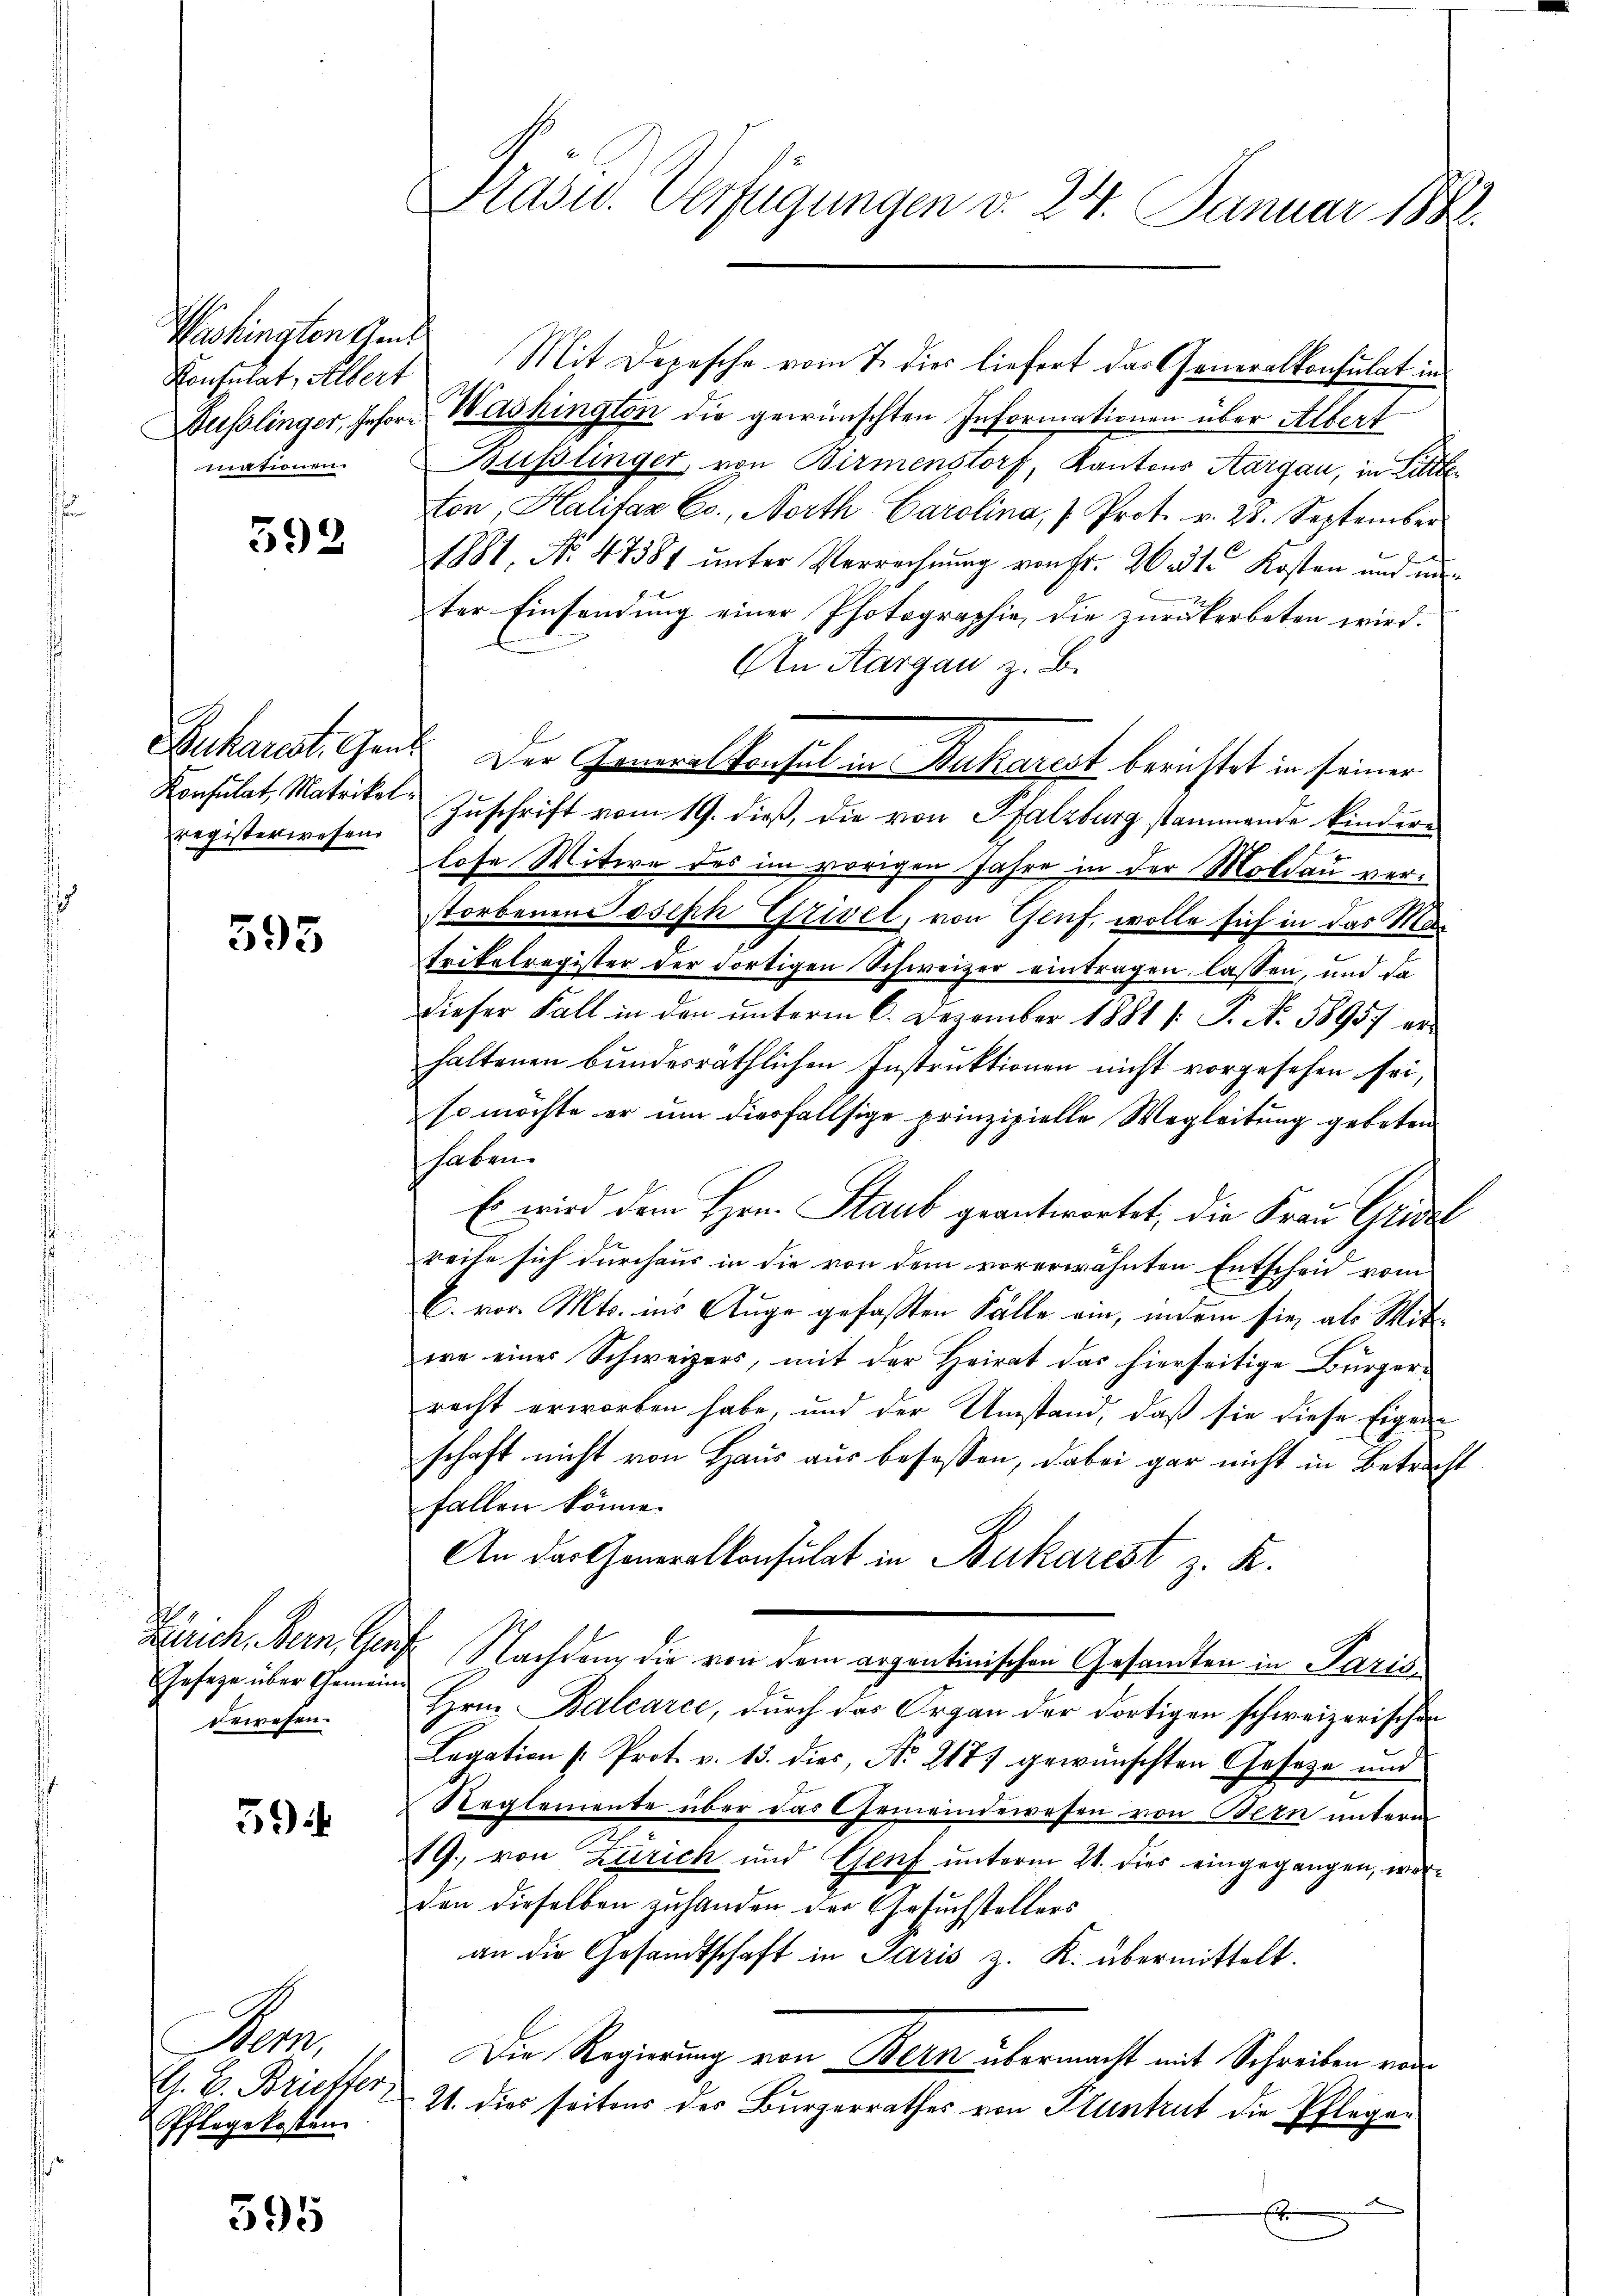
Washingten Gen
Konsulat, Albert

592

registerwesen.

595

d
Gesage über Gemeinbewesen.

394

Bem,
G. B. Brieffer
Pflegekosten.

595

Mit Depesche vom 7. dies liefert das Generalkonsulat in
Dußlinger, seher Washington die gewünschten Informationen über Albert
mationen Büsslinger, von Birmenstorf, Kantons Aargau, in Litte
ton, Halifaz Co., North Carolina, 1. Prot. v. 28. September
1881, No. 47381 ŭnter Verrechnŭng von fr. Wodte Kosten und un
ter Einsendung einer Photographie, die zurückerbeten wird.
An Aargau z. B.
Konsulat Matrikel Zŭschrift vom 19. dieß, die von Pfalzburg stammende kindere
g
hofe Witwe des im vorigen Jahre in der Moldau verstorbenen Joseph Grivel, von Genf, wolle sich in das Ma¬
Trikelregister der dortigen Schweizer eintragen lassen, und da
dieser Fall in den unterm 6. Dezember 1881 /: P. Nr. 18957 erhaltenen bundesräthlichen Instruktionen nicht vorgesehen sei,
so möchte er um diesfallsige prinzipielle Wegleitung gebeten
haben.
Es wird dem Hrn. Staub geantwortet, die Frau Grudel
reihe sich durchaus in die von dem vorerwähnten Entscheid vom
C. vor. Mts. ins Auge gefaßten Fälle ein, indem sie als Mitire eines Schweizers, mit der Heirat das hierseitige Bürgerrecht erworben habe, und der Umstand, daß sie diese Eigen
schaft nicht von Haus aus besessen, dabei gar nicht in Betraft
fallen könne.
An der Generalkonsulat in Bukarest z. K.
Zürich, Bern, Genf Nachdem die von dem Regentinischen Gesandten in Paris
Hrn. Balcarce, durch das Organ der dortigen schweizerischen
Lagation (: Prot. v. 13. dies, No 2177 gewünschten Geseze und
Reglemente über das Gemeindewesen von Bern unterm
19., von Zürich und Genf unterm 21. dies eingegangen, werden dieselben zuhanden der Gesuchstellers
an die Gesandtschaft in Paris z. K. übermittelt.
Die Regierung von Bern übermacht mit Schreiben von
21. dies seitens des Bürgerrathes von Fluntrut die Pflegen
m
x

Pasur. Verfügungen d. 24. Januar 1888.

Bukarest, Grat. Der Generalkonsul in Bukarest berichtet in seiner